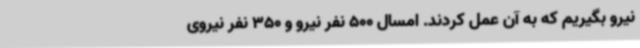
نیرو بگیریم که به آن عمل کردند. امسال 500 نفر نیرو و 350 نفر نیروی